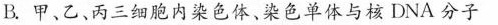
B.甲、乙、丙三细胞内染色体、染色单体与核DNA分子